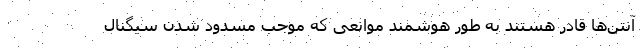
آنتن‌ها قادر هستند به طور هوشمند موانعی که موجب مسدود شدن سیگنال